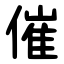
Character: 催